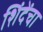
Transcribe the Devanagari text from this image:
शिंदेंचा